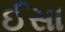
ઈસા